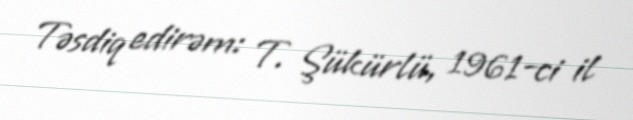
Təsdiq edirəm: T. Şükürlü, 1961-ci il